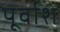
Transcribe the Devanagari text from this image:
पूर्वाश